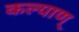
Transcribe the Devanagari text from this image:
कल्याण्